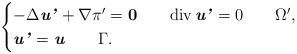
LaTeX: \begin{align*}\begin{cases}-\Delta\textbf{\textit{u'}}+\nabla\pi'=\boldsymbol{0}\quad\quad\mathrm{div}\,\textbf{\textit{u'}}=0\quad\quad\Omega',\\\textbf{\textit{u'}}=\textbf{\textit{u}}\quad\quad\Gamma.\end{cases}\end{align*}